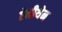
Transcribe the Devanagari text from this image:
ऐनीथेन